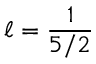
\ell = \frac { 1 } { 5 / 2 }